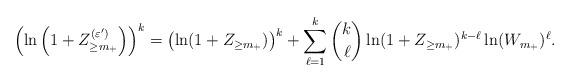
LaTeX: \begin{align*} \left( \ln \left( 1+Z_{\geq m_+}^{(\varepsilon')} \right) \right)^k = \left( \ln(1+Z_{\geq m_+}) \right)^k + \sum_{\ell=1}^{k} \binom{k}{\ell} \ln(1+Z_{\geq m_+})^{k-\ell}\ln(W_{m_+})^\ell.\end{align*}